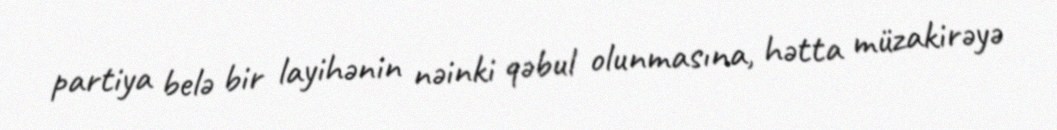
partiya belə bir layihənin nəinki qəbul olunmasına, hətta müzakirəyə